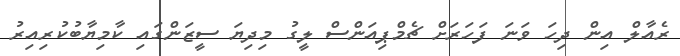
ރެއާލް އިން ދިހަ ވަނަ ފަހަރަށް ޗެމްޕިއަންސް ލީގު މިދިޔަ ސީޒަންގައި ކާމިޔާބުކުރިއިރު